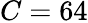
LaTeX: C=64